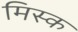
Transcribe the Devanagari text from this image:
मिस्क